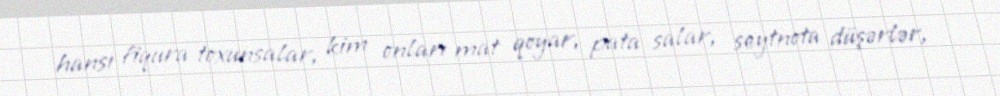
hansı fiqura toxunsalar, kim onları mat qoyar, pata salar, seytnota düşərlər,